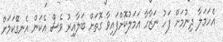
އެހަމަލާ ދިނުމަށް ފަހު ނަޒާހާ އަމަލުކޮށްފައިވާ ގޮތަށް ބަލާއިރު ވެސް އެކަން އެނގޭކަމަށް